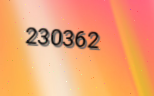
230362